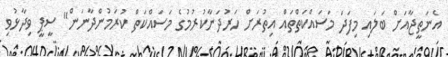
އެނަތީޖާއަށް ބަލައި މިފަދަ މަސައްކަތްތައް އިތުރަށް ހަރުދަނާކުރުމުގެ މަސައްކަތް ކުރަމުންދާނަން" ސީޕީ ވިދާޅުވި